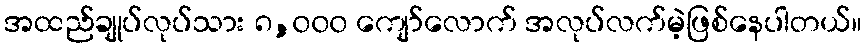
အထည်ချုပ်လုပ်သား ၈,၀၀၀ ကျော်လောက် အလုပ်လက်မဲ့ဖြစ်နေပါတယ်။